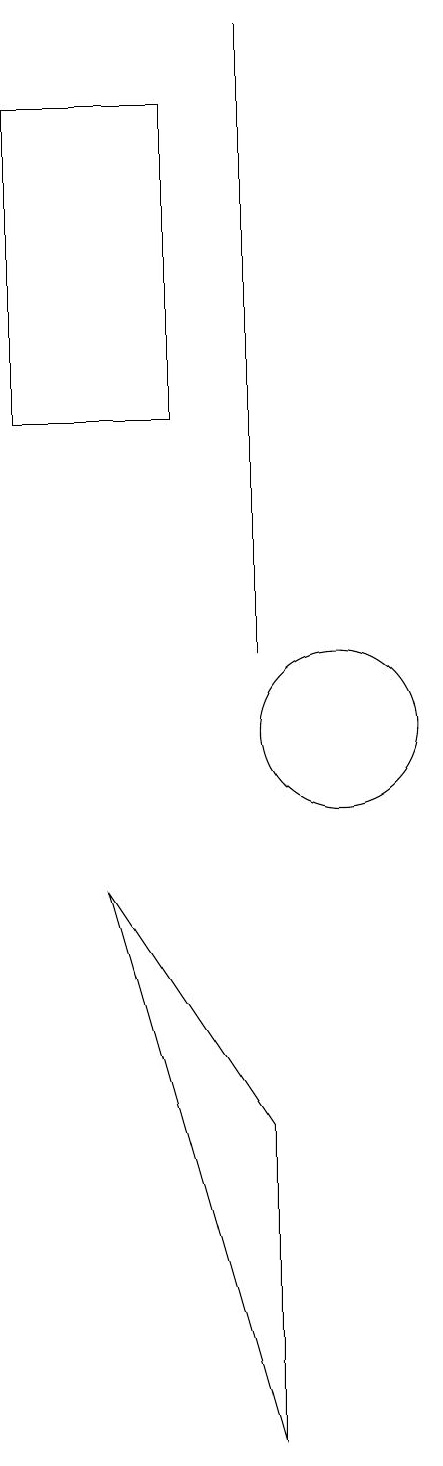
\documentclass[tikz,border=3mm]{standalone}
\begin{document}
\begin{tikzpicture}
\draw (9,19) rectangle (9,11);
\draw (10,10) circle (1);
\draw (7,8) -- (9,5) -- (9,1) -- cycle;
\draw (8,14) rectangle (6,18);
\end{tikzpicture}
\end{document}